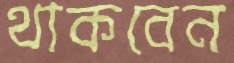
থাকবেন